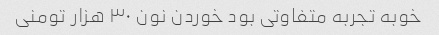
خوبه تجربه متفاوتی بود خوردن نون ۳۰ هزار تومنی